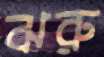
ঝরু